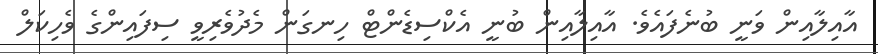
އާއިލާއިން ވަނީ ބުނެފައެވެ. އާއިލާއިން ބުނީ އެކްސިޑެންޓް ހިނގަން މެދުވެރިވީ ސިފައިންގެ ވެހިކަލް